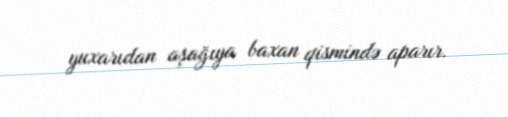
yuxarıdan aşağıya baxan qismində aparır.